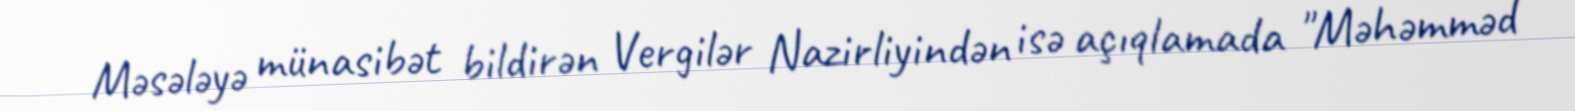
Məsələyə münasibət bildirən Vergilər Nazirliyindən isə açıqlamada "Məhəmməd